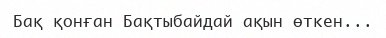
Бақ қонған Бақтыбайдай ақын өткен...